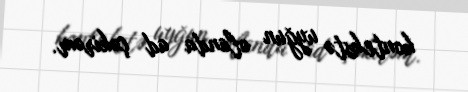
kontekstə uyğun olanda ad çəkirəm.